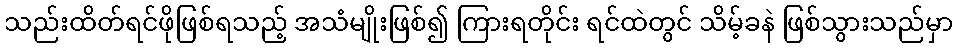
သည်းထိတ်ရင်ဖိုဖြစ်ရသည့် အသံမျိုးဖြစ်၍ ကြားရတိုင်း ရင်ထဲတွင် သိမ့်ခနဲ ဖြစ်သွားသည်မှာ